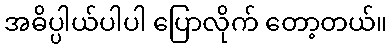
အဓိပ္ပါယ်ပါပါ ပြောလိုက် တော့တယ်။